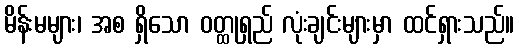
မိန်းမများ၊ အစ ရှိသော ဝတ္ထုရှည် လုံးချင်းများမှာ ထင်ရှားသည်။